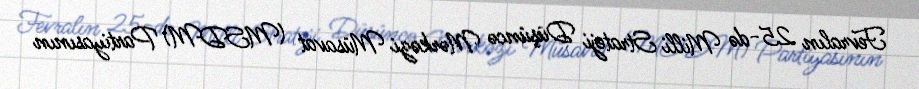
Fevralın 25-də Milli Strateji Düşüncə Mərkəzi Müsavat (MSDM) Partiyasının